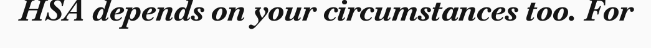
HSA depends on your circumstances too. For